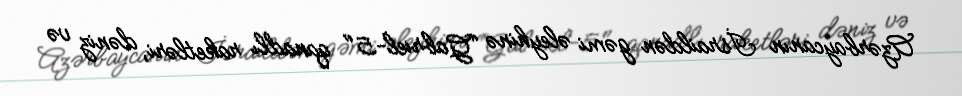
Azərbaycanın İsraildən gəmi əleyhinə “Gabriel-5" qanadlı raketləri, dəniz və